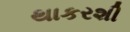
થાકરશી